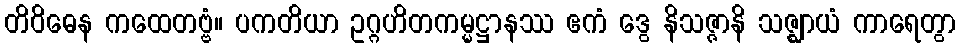
တိဝိဓေန ကထေတဗ္ဗံ။ ပကတိယာ ဥဂ္ဂဟိတကမ္မဋ္ဌာနဿ ဧကံ ဒွေ နိသဇ္ဇာနိ သဇ္ဈာယံ ကာရေတွာ